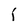
Character: i